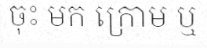
ចុះ មក ក្រោម ឬ